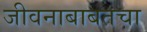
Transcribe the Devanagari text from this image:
जीवनाबाबतचा